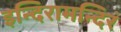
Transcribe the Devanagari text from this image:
इन्दिरामन्दिरं